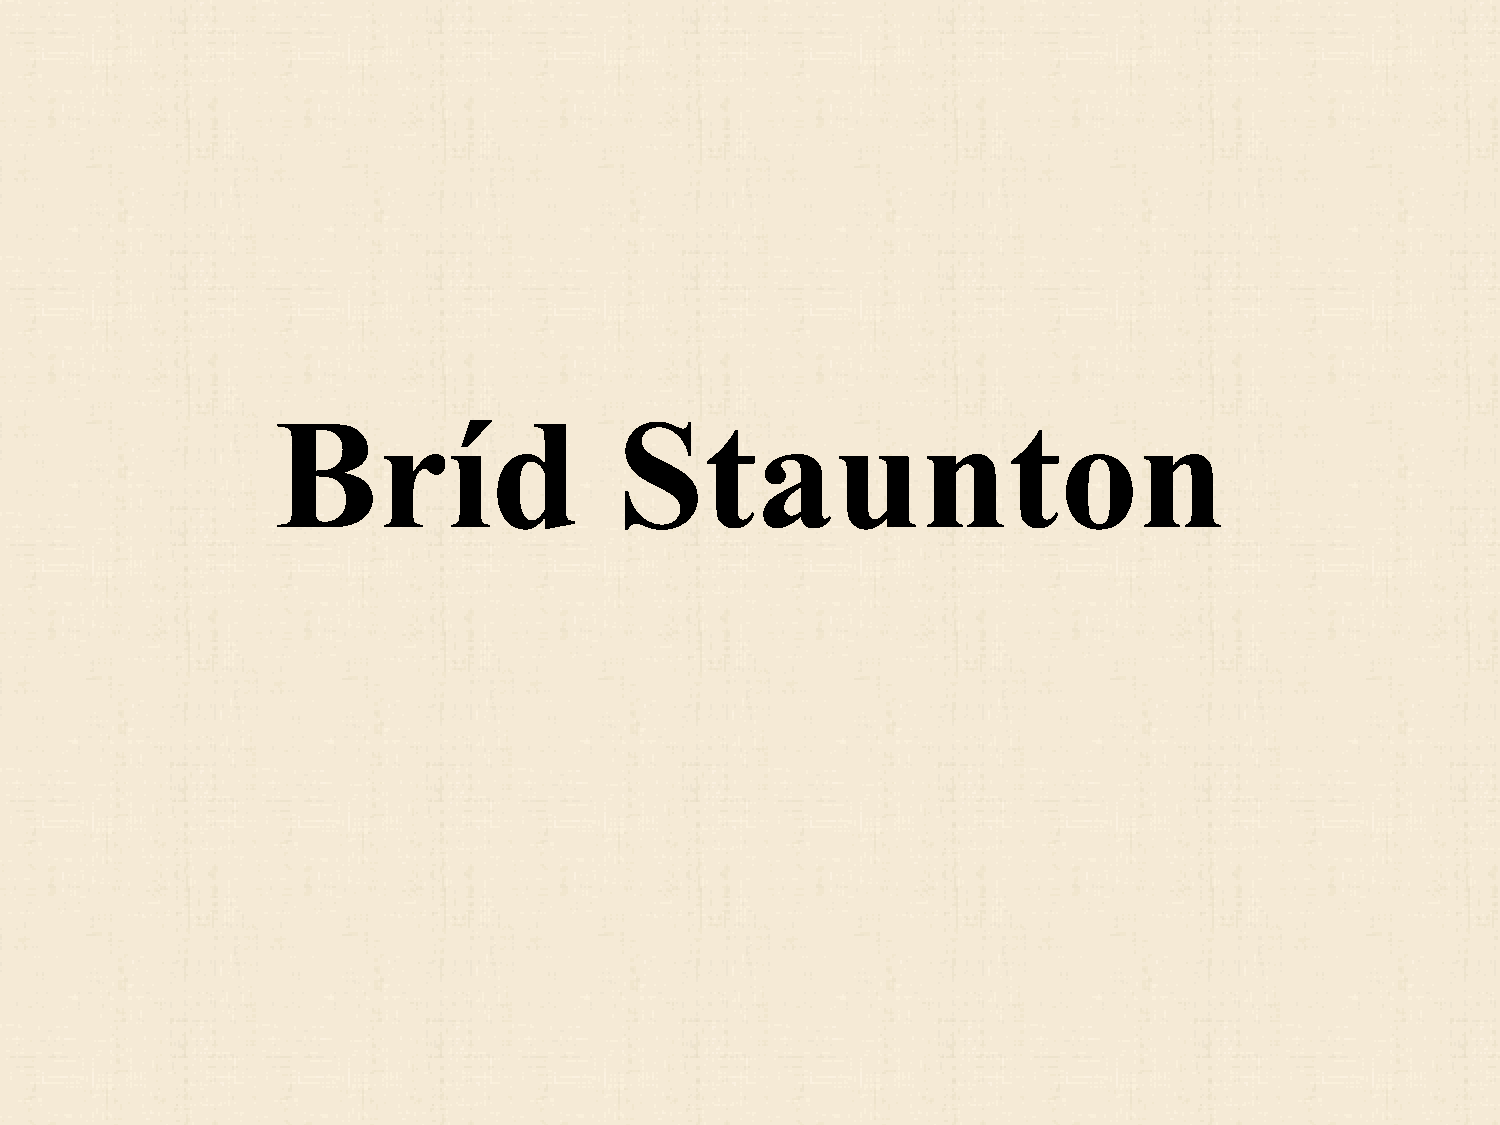
Bríd                   Staunton